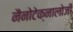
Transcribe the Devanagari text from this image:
नैनोटेक्नालोजी